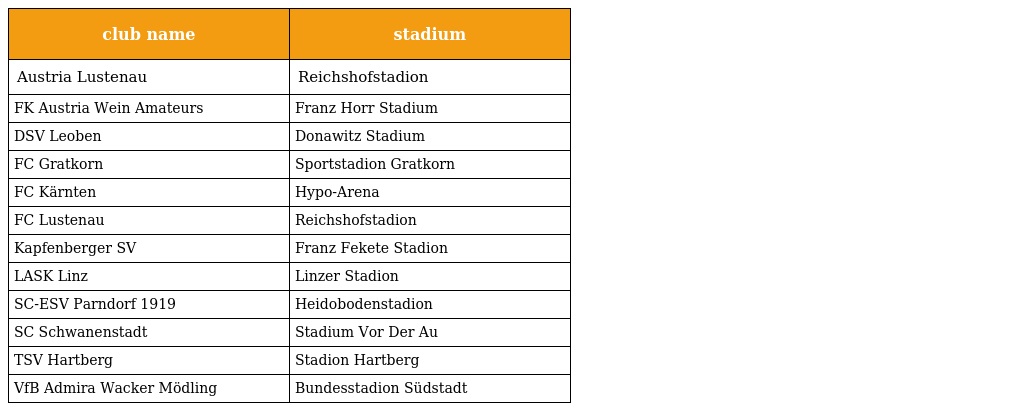
| club name | stadium |
 | --- | --- |
 | Austria Lustenau | Reichshofstadion |
 | FK Austria Wein Amateurs | Franz Horr Stadium |
 | DSV Leoben | Donawitz Stadium |
 | FC Gratkorn | Sportstadion Gratkorn |
 | FC Kärnten | Hypo-Arena |
 | FC Lustenau | Reichshofstadion |
 | Kapfenberger SV | Franz Fekete Stadion |
 | LASK Linz | Linzer Stadion |
 | SC-ESV Parndorf 1919 | Heidobodenstadion |
 | SC Schwanenstadt | Stadium Vor Der Au |
 | TSV Hartberg | Stadion Hartberg |
 | VfB Admira Wacker Mödling | Bundesstadion Südstadt |